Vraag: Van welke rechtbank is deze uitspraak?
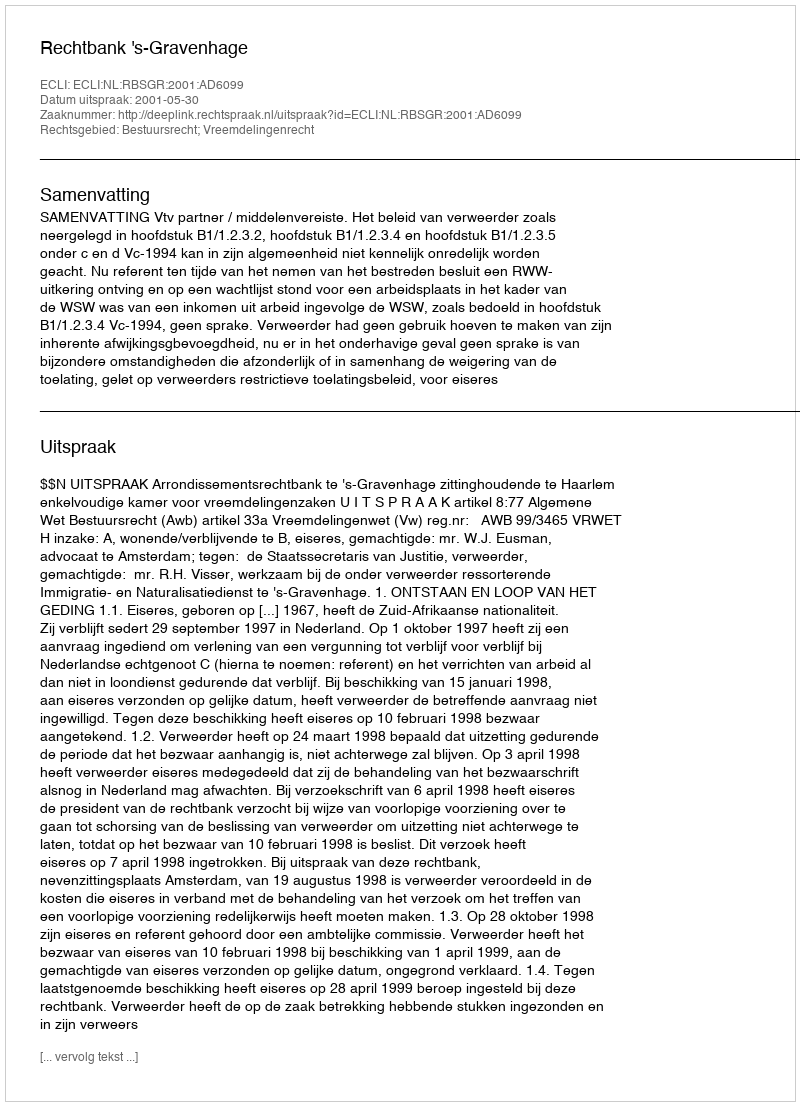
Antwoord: Rechtbank 's-Gravenhage